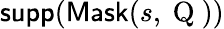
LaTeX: \textsf{supp}(\textsf{Mask}(s,\mathrm{~Q~}))